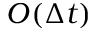
O ( \Delta t )